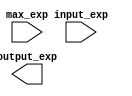
module exp_resize #(
    parameter expWidth = 4
) (
    input [expWidth*32-1:0] input_exp,
    input [expWidth-1:0] max_exp,
    output [expWidth*32-1:0] output_exp
);
    

endmodule